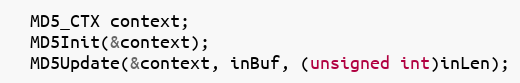
Language: C
  MD5_CTX context;
  MD5Init(&context);
  MD5Update(&context, inBuf, (unsigned int)inLen);